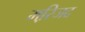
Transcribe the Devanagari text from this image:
मस्जि़द